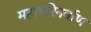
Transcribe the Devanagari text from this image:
महापरिनर्वाण